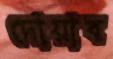
দোয়াব